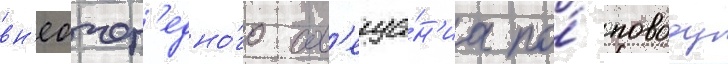
вн'еочер'едно́го сов'еща́н'иа по́ поводу